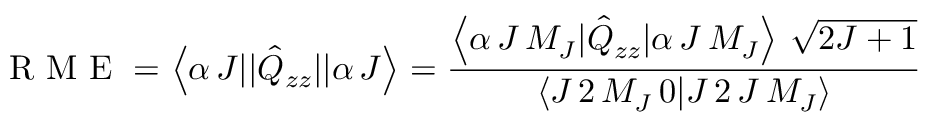
{ \mathrm { ~ R ~ M ~ E ~ } } = \left< \alpha \, J | | \hat { Q } _ { z z } | | \alpha \, J \right> = \frac { \left< \alpha \, J \, M _ { J } | \hat { Q } _ { z z } | \alpha \, J \, M _ { J } \right> \, \sqrt { 2 J + 1 } } { \left< J \, 2 \, M _ { J } \, 0 | J \, 2 \, J \, M _ { J } \right> }